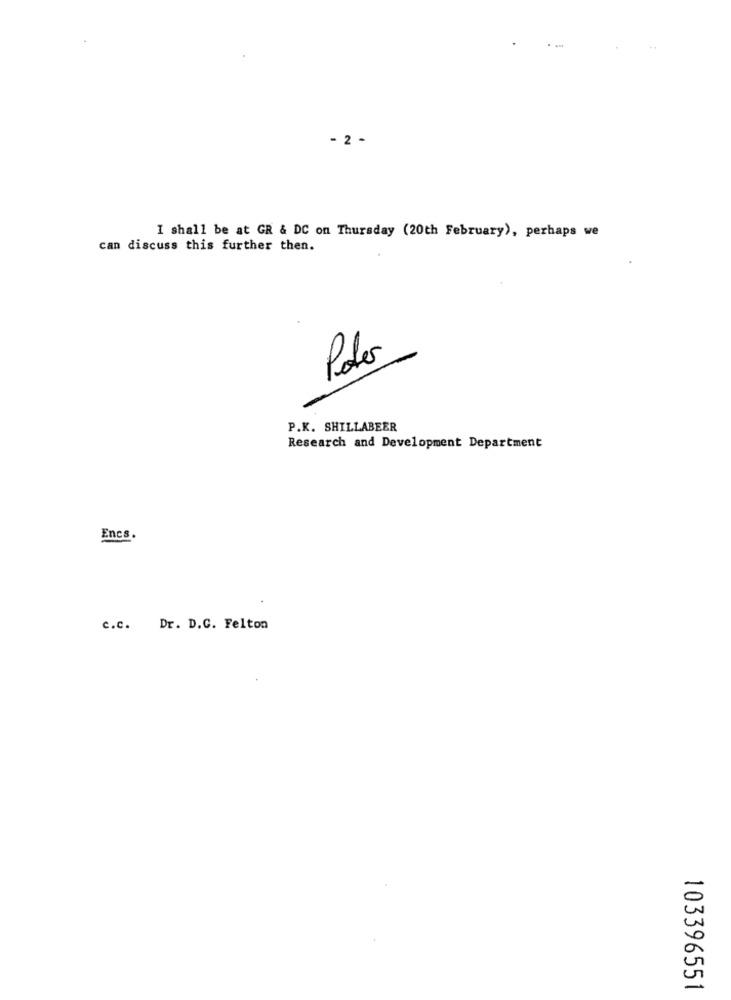
- 2 -
I shall be at GR & DC on Thursday (20th February), perhaps we
can discuss this further then.
Poler
P.K. SHILLABEER
Research and Development Department
Encs.
c.c. Dr. D.C. Felton
103396551